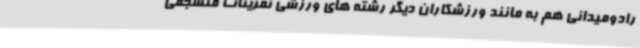
رادومیدانی هم به مانند ورزشکاران دیگر رشته های ورزشی تمرینات منسجمی